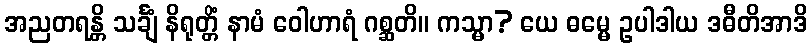
အညတရန္တိ သင်္ချံ နိရုတ္တိံ နာမံ ဝေါဟာရံ ဂစ္ဆတိ။ ကသ္မာ? ယေ ဓမ္မေ ဥပါဒါယ ဒဓီတိအာဒိ